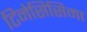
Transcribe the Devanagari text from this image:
टिनेसिसिमा